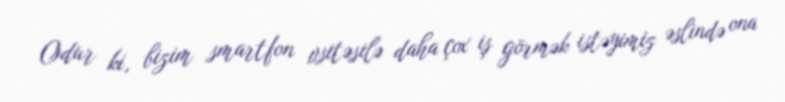
Odur ki, bizim smartfon vsitəsilə daha çox iş görmək istəyimiz əslində ona